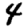
Digit: 4